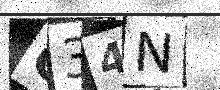
Text: O34N